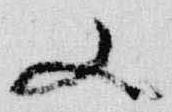
又